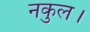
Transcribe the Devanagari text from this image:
नकुल।